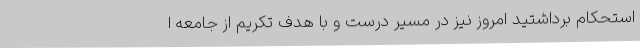
استحکام برداشتید امروز نیز در مسیر درست و با هدف تکریم از جامعه ا